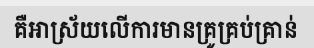
គឺអាស្រ័យលើការមានគ្រូគ្រប់គ្រាន់